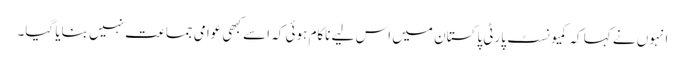
انہوں نے کہا کہ کمیونسٹ پارٹی پاکستان میں اس لیے ناکام ہوئی کہ اسے کبھی عوامی جماعت نہیں بنایا گیا۔